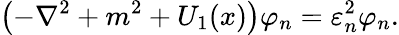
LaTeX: \bigl(-\nabla^{2}+m^{2}+U_{1}(x)\bigr)\varphi_{n}=\varepsilon_{n}^{2}\varphi_{n}.